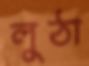
লুঠা